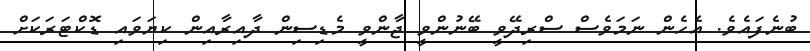
ބުނެފައެވެ. އެހެން ނަމަވެސް ސްރިދޭވީ ބޭނުންވީ ޖާންވީ މެޑިސިން ދާއިރާއިން ކިޔަވައި ޑޮކްޓަރަކަށް